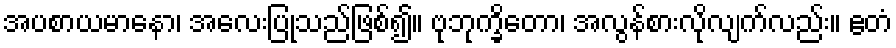
အပစာယမာနော၊ အလေးပြုသည်ဖြစ်၍။ ဗုဘုက္ခိတော၊ အလွန်စားလိုလျက်လည်း။ ဧတံ